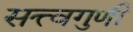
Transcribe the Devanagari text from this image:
सत्त्वगुणी